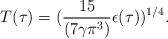
\begin{align*}T(\tau)=({15 \over (7 \gamma \pi^3)}{\epsilon(\tau)})^{1/4}.\end{align*}